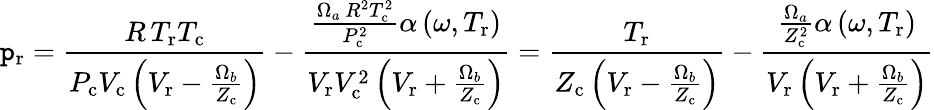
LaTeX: \mathtt{p}_{\mathrm{{r}}}={\frac{{R\, T_{\mathrm{{r}}}T_{\mathrm{{c}}}}}{{P_{\mathrm{{c}}}V_{\mathrm{{c}}}\left(V_{\mathrm{{r}}}-{\frac{{\Omega_{b}}}{{Z_{\mathrm{{c}}}}}}\right)}}}-{\frac{{{\frac{{\Omega_{a}\, R^{2}T_{\mathrm{{c}}}^{2}}}{{P_{\mathrm{{c}}}^{2}}}}\alpha\left(\omega,T_{\mathrm{{r}}}\right)}}{{V_{\mathrm{{r}}}V_{\mathrm{{c}}}^{2}\left(V_{\mathrm{{r}}}+{\frac{{\Omega_{b}}}{{Z_{\mathrm{{c}}}}}}\right)}}}={\frac{{T_{\mathrm{{r}}}}}{{Z_{\mathrm{{c}}}\left(V_{\mathrm{{r}}}-{\frac{{\Omega_{b}}}{{Z_{\mathrm{{c}}}}}}\right)}}}-{\frac{{{\frac{{\Omega_{a}}}{{Z_{\mathrm{{c}}}^{2}}}}\alpha\left(\omega,T_{\mathrm{{r}}}\right)}}{{V_{\mathrm{{r}}}\left(V_{\mathrm{{r}}}+{\frac{{\Omega_{b}}}{{Z_{\mathrm{{c}}}}}}\right)}}}